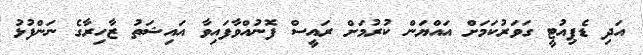
އަދި ޑެޕިއުޓީ ގަވަރުކަމަށް އައްޔަން ކުރުމަށް ރައީސް ފޮނުއްވާފައިވާ އައިޝަތު ޒާހިރާގެ ނަންފުޅު